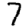
Digit: 7